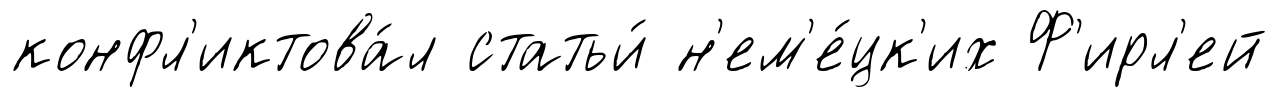
конфл'иктова́л статьи́ н'ем'е́цк'их Ф'ирл'ей